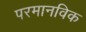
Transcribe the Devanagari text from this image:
परमानविक